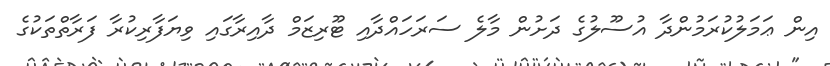
އިން ޢަމަލުކުރަމުންދާ އުސޫލުގެ ދަށުން މާލެ ސަރަހައްދާއި ޓޫރިޒަމް ދާއިރާގައި ވިޔަފާރިކުރާ ފަރާތްތަކުގެ